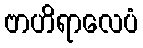
ဗာဟိရာလေပံ